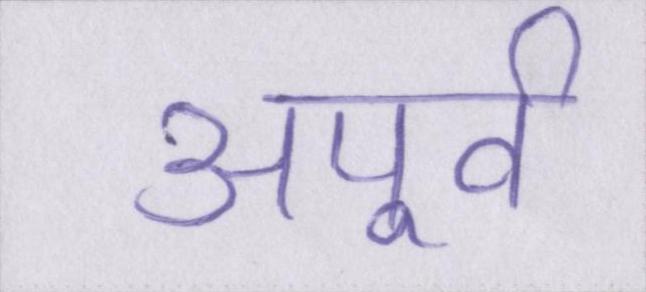
अपूर्व